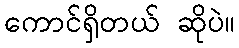
ကောင်ရှိတယ် ဆိုပဲ။